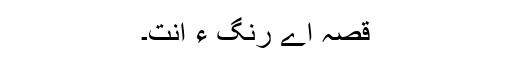
قصہ اے رنگ ءَ انت۔